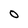
Character: O